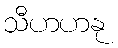
သီဟဟနု